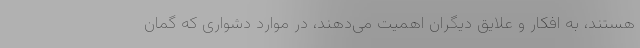
هستند، به افکار و علایق دیگران اهمیت می‌دهند، در موارد دشواری که گمان